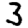
Digit: 3